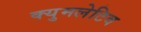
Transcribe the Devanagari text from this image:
क्युमलेटिव